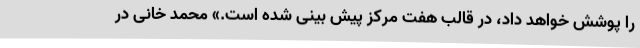
را پوشش خواهد داد، در قالب هفت مرکز پیش بینی شده است.» محمد خانی در